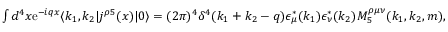
\begin{array} { r } { \int d ^ { 4 } x \mathrm { { e } } ^ { - i q x } \langle k _ { 1 } , k _ { 2 } | j ^ { \rho 5 } ( x ) | 0 \rangle = ( 2 \pi ) ^ { 4 } \delta ^ { 4 } ( k _ { 1 } + k _ { 2 } - q ) \epsilon _ { \mu } ^ { \ast } ( k _ { 1 } ) \epsilon _ { \nu } ^ { \ast } ( k _ { 2 } ) M _ { 5 } ^ { \rho \mu \nu } ( k _ { 1 } , k _ { 2 } , m ) , } \end{array}